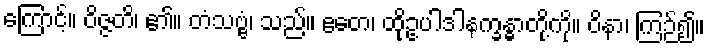
ကြောင့်။ ဝိဇ္ဇတိ၊ ၏။ တံသဗ္ဗံ၊ သည်။ ဧတေ၊ ထိုဥပါဒါနက္ခန္ဓာတို့ကို။ ဝိနာ၊ ကြဉ်၍။